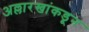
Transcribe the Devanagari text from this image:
अल्लारखांकडून